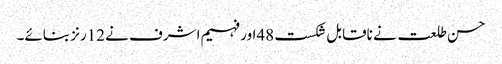
حسن طلعت نے ناقابل شکست 48اور فہیم اشرف نے 12رنز بنائے۔